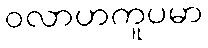
ဝလာဟကူပမာ